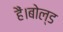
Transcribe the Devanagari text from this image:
हैं।बोल्ड